Annual statistical returns and brief notes on vaccination in Bengal - 1887-1898
Year: 1887
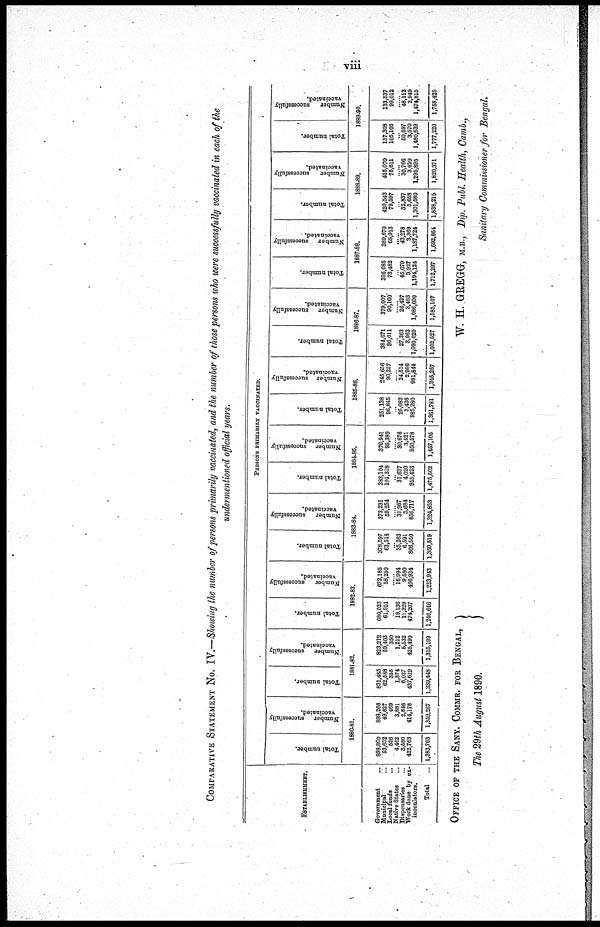
viii
COMPARATIVE STATEMENT NO. IV.—Showing the number of persons primarily vaccinated, and the number of those persons who were successfully vaccinated in each of the
undermentioned official years.
ESTABLISHMENT.
Government...
...
Municipal... ...
Local funds... ...
Native States... ...
Dispensaries... ...
Work done by ex-
inoculators.
Total... ...
PERSONS PRIMARILY VACCINATED.
Total number.
Number
successfully
vaccinated.
1880-81.
898,800
53,632
526
4,462
3,580
422,763
1,383,763
888,266
49,627
469
3,881
2,846
414,178
1,359,267
Total number.
Number
successfully
vaccinated.
1881-82.
831,485
62,588
355
1,374
6,027
437,619
1,339,448
823,212
59,403
350
1,212
5,532
425,490
1,315,199
Total number.
Number
successfully
vaccinated.
1882-83.
680,023
61,951
...
19,136
11,329
474,207
1,246,646
672,185
58,250
16,994
9,580
466,934
1,223,943
Total number.
Number
successfully
vaccinated.
1883-84.
378,597
63,518
...
35,263
6,591
866,550
1,350,519
373,231
59,254
......
31,967
3,684
856,717
1,324,863
Total number.
Number
successfully
vaccinated.
1884-45.
383,104
101,318
...
31,637
4,020
955,423
1,475,502
376,941
95,389
30,676
3,621
950,578
1,467,106
Total number.
Number
successfully
vaccinated.
1885-86.
251,138
96,845
...
26,082
3,436
985,280
1,361,781
245,656
90,257
......
24,514
2,986
981,844
1,346,257
Total number.
Number
successfully
vaccinated.
1886-87.
384,671
96,611
...
27,263
3,962
1,090,020
1,602,527
379,007
90,160
......
26,427
3,483
1,086,090
1,685,167
Total number.
Number
successfully
vaccinated.
1887-88.
395,085
73,482
...
45,679
3,927
1,194,124
1,712,297
389,670
68,913
......
43,278
3,369
1,187,724
1,692,954
Total number.
Number
successfully
vaccinated.
1888-89.
420,543
79,597
...
32,837
3,658
1,301,580
1,838,215
415,070
75,611
......
30,766
3,029
1,295,895
1,820,371
Total number.
Number
successfully
vaccinated.
1889-90.
137,308
105,106
...
50,597
3,570
1,480,639
1,777,220
133,537
99,012
......
48,112
2,949
1,474,815
1,758,425
OFFICE OF THE SANY. COMMR. FOR BENGAL,
The 29th August 1890.
W. H. GREGG, M.B., Dip. Publ. Health, Camb.,
Sanitary Commissioner for Bengal.